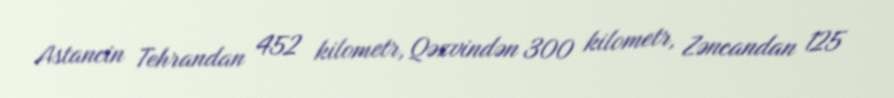
Astancin Tehrandan 452 kilometr, Qəzvindən 300 kilometr, Zəncandan 125